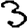
Digit: 3